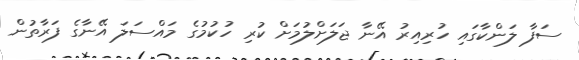
ސަފާ ލަންކާގައި ހުރިއިރު އޭނާ ޖަލަށްލުމަށް ކުރި ހުކުމުގެ މައްސަލަ އޭނާގެ ފަރާތުން